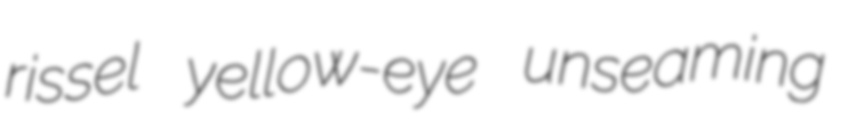
rissel yellow-eye unseaming